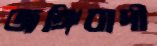
জঙ্গিবাদী